Leaving Certificate Examination (including Day School Certificate (Higher) General paper), 1932
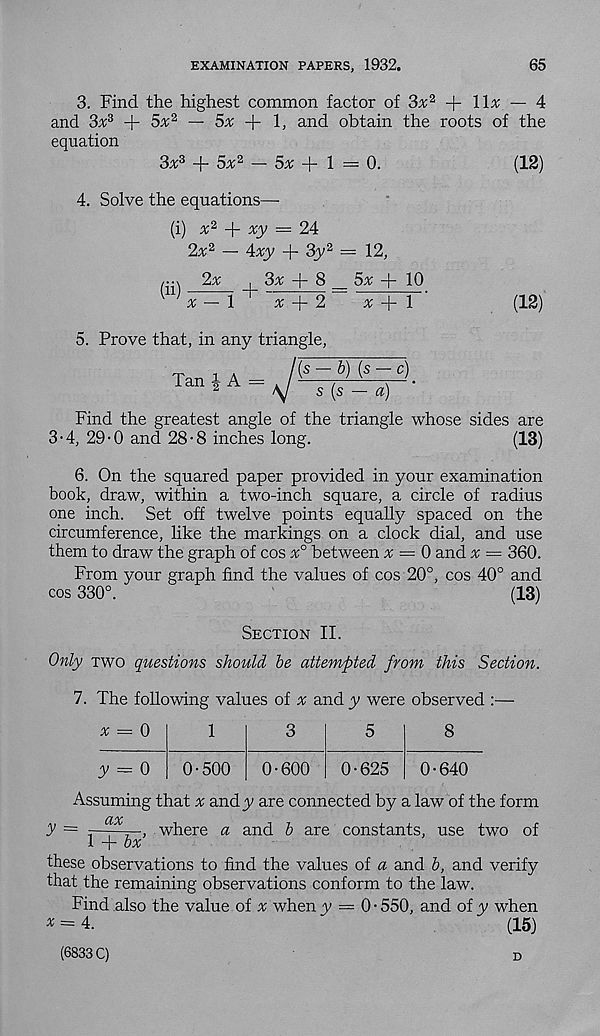
EXAMINATION PAPERS, 1932.
65
3. Find the highest common factor of 3a; 2 + 11a; — 4
and 3a; 3 + Sx 2, — 5a; + 1, and obtain the roots of the
equation
3 x s + 5^2 _
+ j = 0 _
( 13 )
4. Solve the equations—
(i) x 2
xy = 24
2a; 2 — 4xy + 3y 2 = 12,
/■•x 2a:
i 3a; + 8 _ 5a; + 10
11 a;—1
a; + 2
a;+1
(12)
5. Prove that, in any triangle,
Tan i A =
(s -b)(s- c)
s (s — a)
Find the greatest angle of the triangle whose sides are
3-4, 29-0 and 28 • 8 inches long.
(13)
6. On the squared paper provided in your examination
book, draw, within a two-inch square, a circle of radius
one inch. Set off twelve points equally spaced on the
circumference, like the markings on a clock dial, and use
them to draw the graph of cos x° between a; = 0 and a; = 360.
From your graph find the values of cos 20°, cos 40° and
cos 330°.
(13)
Section II.
Only two questions should be attempted from this Section.
7. The following values of x and y were observed :—
a; = 0
y = 0
0-500
0-600
0-625
8
0-640
Assuming that x andy are connected by a law of the form
ax
y = z——r-, where a and b are constants, use two of
1 + oa;
these observations to find the values of a and b, and verify
that the remaining observations conform to the law.
Find also the value of a; when y — 0 ■ 550, and of y when
* = 4.
(15)
(6833 C)
D